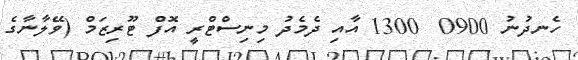
ހެނދުނު 0900  1300 އާއި ދެމެދު މިނިސްޓްރީ އޮފް ޓޫރިޒަމް (ވޭލާނާގެ